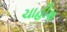
ચાહીશ